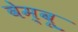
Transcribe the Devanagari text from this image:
वेम्बू